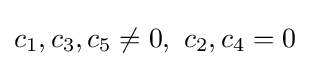
c_{1},c_{3},c_{5}\neq 0,\ c_{2},c_{4}=0